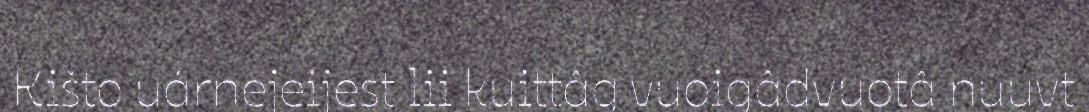
Kišto uárnejeijest lii kuittâg vuoigâdvuotâ nuuvt